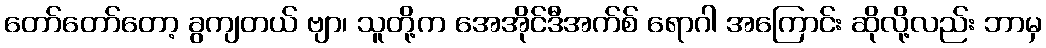
တော်တော်တော့ ခွကျတယ် ဗျာ၊ သူတို့က အေအိုင်ဒီအက်စ် ရောဂါ အကြောင်း ဆိုလို့လည်း ဘာမှ